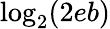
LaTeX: \log_{2}(2eb)